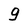
Character: g